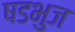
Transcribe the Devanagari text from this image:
षडभुज